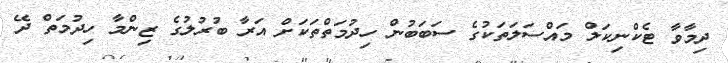
ދިމާވާ ޓެކްނިކަލް މައްސަލަތަކުގެ ސަބަބުން ހިދުމަތްތަކަށް އަރާ ބުރުލުގެ ޒިންމާ ހިދުމަތް ދޭ